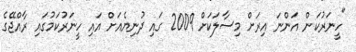
"ހީނަރުކަން އަންނަ އިރަށް މިސާލަކަށް 2009 ގައި ދުނިޔެއަށް އައި ހީނަރުކަމުގައި ރާއްޖޭގެ